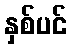
နှစ်ပင်